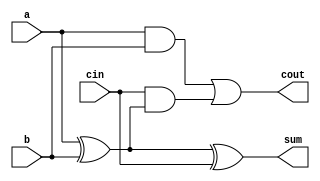
// Description: 1-bit full adder

`timescale 1ns / 1ns

module full_adder_dat (input wire a, b, cin,
		output wire sum, cout);

	assign sum = a ^ b ^ cin;
	assign cout = (a&b) | cin & (a^b);

endmodule